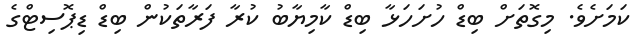
ކަމަށެވެ. މިގޮތަށް ބިޑް ހުށަހަޅާ ބިޑް ކާމިޔާބު ކުރާ ފަރާތަކުން ބިޑް ޑިޕޮސިޓްގެ